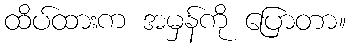
ထိပ်ထားက အမှန်ကို ပြောတာ။